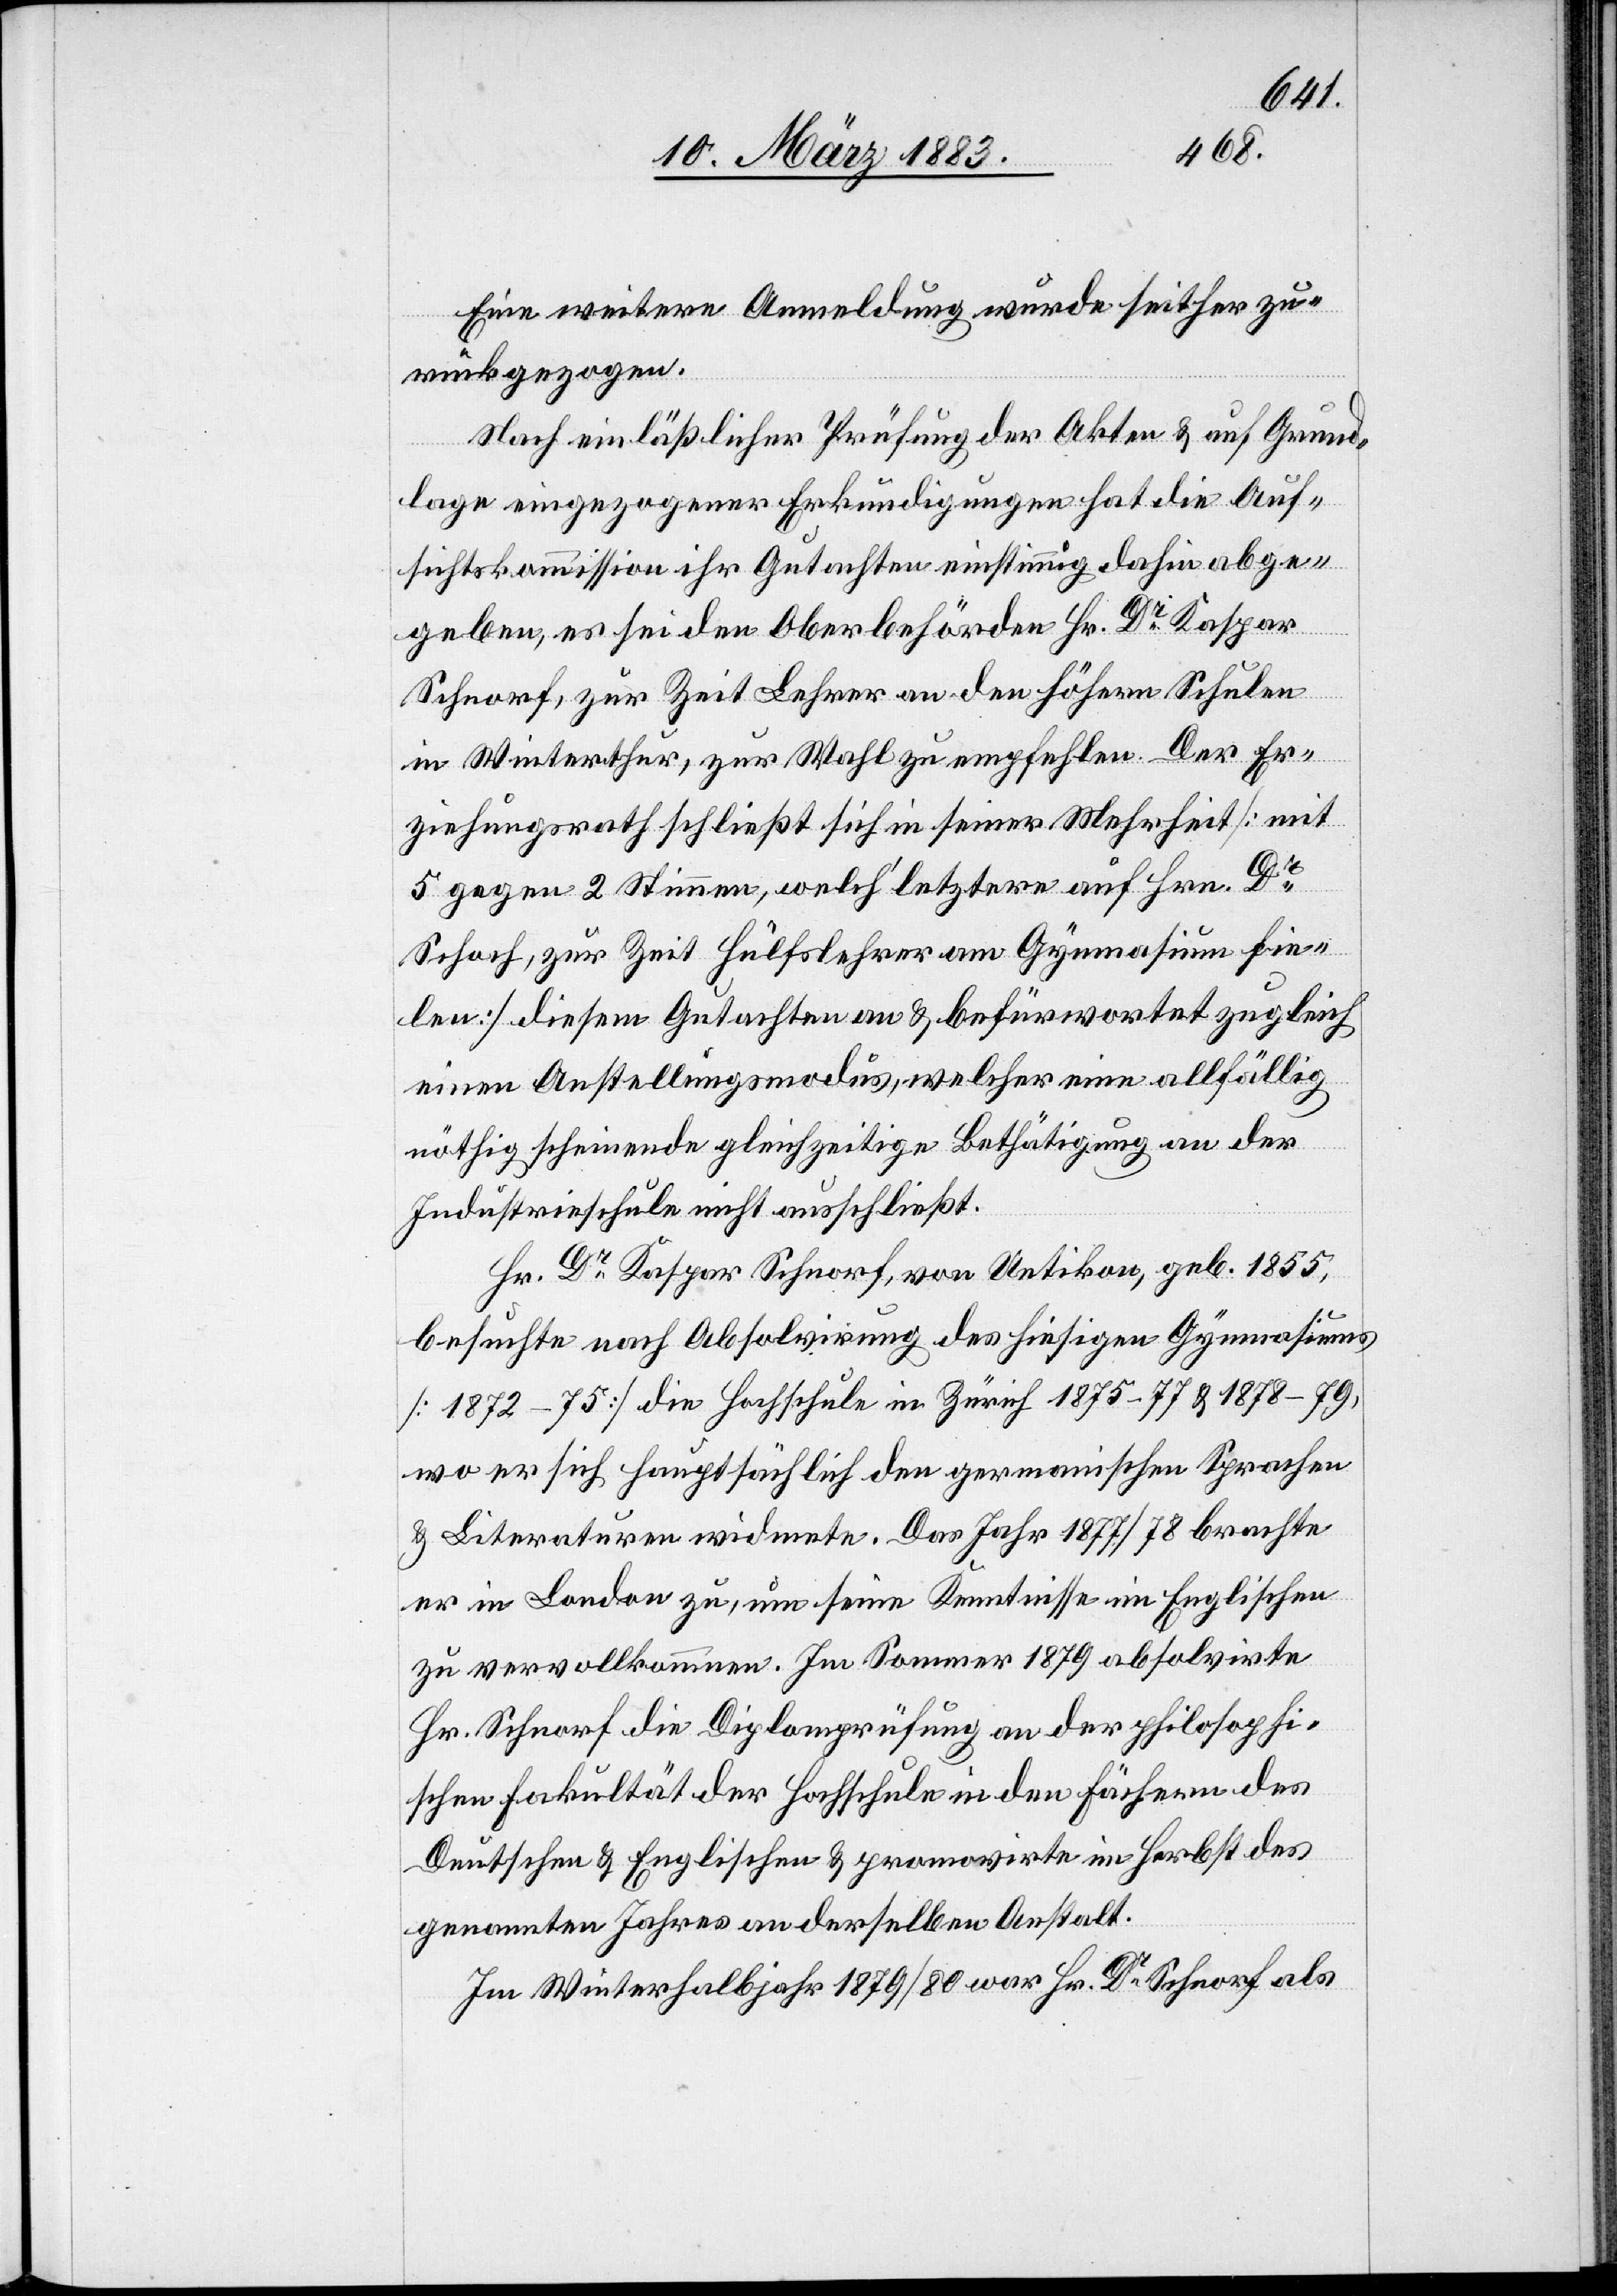
1840.
1860.
obte